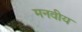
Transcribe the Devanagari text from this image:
मनवीय